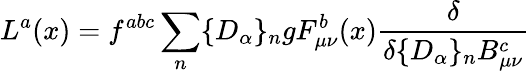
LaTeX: L^{a}(x)=f^{abc}\sum_{n}\{ D_{\alpha}\} _{n}gF_{\mu\nu}^{b}(x)\frac{\delta}{\delta\{ D_{\alpha}\} _{n}B_{\mu\nu}^{c}}